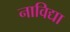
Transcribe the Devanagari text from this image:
नाविद्या